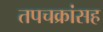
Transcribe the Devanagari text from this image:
तपचक्रांसह